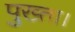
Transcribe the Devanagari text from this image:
पुख्ता।